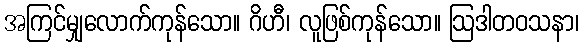
အကြင်မျှလောက်ကုန်သော။ ဂိဟီ၊ လူဖြစ်ကုန်သော။ ဩဒါတဝသနာ၊